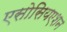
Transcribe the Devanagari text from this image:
एसोसियएशन